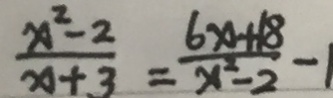
\frac { x ^ { 2 } - 2 } { x + 3 } = \frac { 6 x + 1 8 } { x ^ { 2 } - 2 } - 1